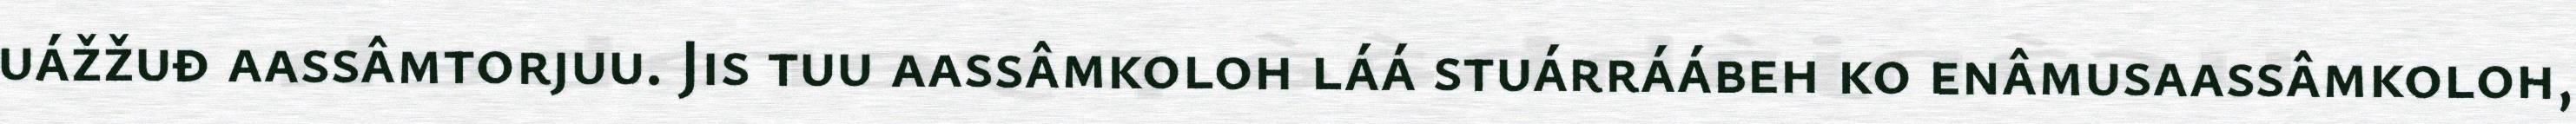
uážžuđ aassâmtorjuu. Jis tuu aassâmkoloh láá stuárráábeh ko enâmusaassâmkoloh,